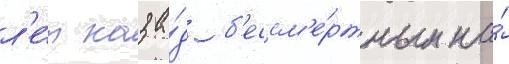
л'е́т наза́д б'ессм'е́ртным на́